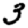
Digit: 3